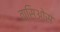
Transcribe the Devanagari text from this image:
वासिओस